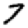
Digit: 7